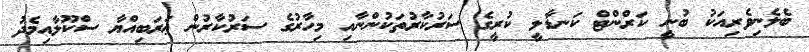
ބެލެނިވެރިއަކު ބުނީ ކަރްންޓް ކަނޑާލީ ކުރީގެ ސަރުކާރުތަކުންނާއި މިހާރުގެ ސަރުކާރުން ޢަރަބިއްޔާ ސްކޫލާއިމެދު